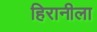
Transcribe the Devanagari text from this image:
हिरानीला